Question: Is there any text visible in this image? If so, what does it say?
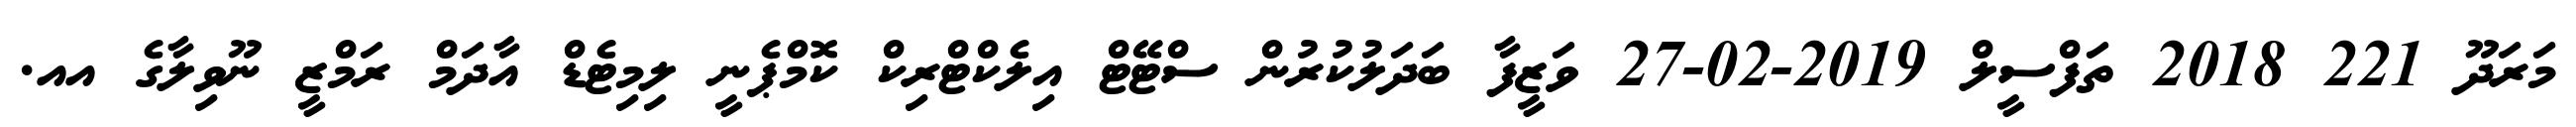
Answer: މަރަދޫ 221 2018 ތަފްސީލް 2019-02-27 ވަޒީފާ ބަދަލުކުރުން ސްޓޭޓް އިލެކްޓްރިކް ކޮމްޕެނީ ލިމިޓެޑް އާދަމް ރަމްޒީ ނޫވިލާގެ އއ.